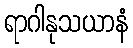
ရာဂါနုသယာနံ